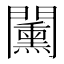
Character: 𨷔